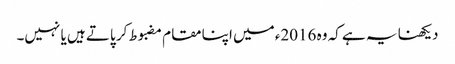
دیکھنا یہ ہے کہ وہ 2016ء میں اپنا مقام مضبوط کر پاتے ہیں یا نہیں۔